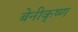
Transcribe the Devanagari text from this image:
बेनीकृष्ण